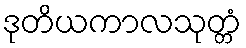
ဒုတိယကာလသုတ္တံ